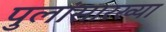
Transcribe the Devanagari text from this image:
पुलांसारख्या